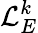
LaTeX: \mathcal{L}_{E}^{k}